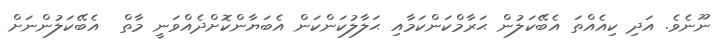
ނޫނެވެ. އަދި ކިއެއްތަ އެބޭކަލުން ޙަރާމްކަންކަމާއި ޙަލާލުކަންކަން އެބަޔާންކޮށްދެއްވަނީ މާތް  އެބޭކަލުންނަށް